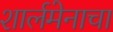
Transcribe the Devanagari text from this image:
शार्लमेनाचा